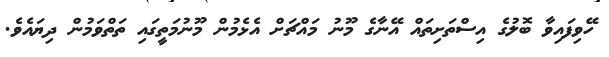
ހޭވިފައިވާ ބޮލުގެ އިސްތަށިތައް އޭނާގެ މޫނު މައްޗަށް އެޅެމުން މޫނުމަތީގައި ތަތްވަމުން ދިޔައެވެ.